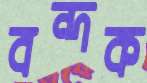
বন্দক